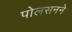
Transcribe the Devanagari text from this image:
पोलसनने